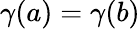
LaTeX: \gamma(a)=\gamma(b)